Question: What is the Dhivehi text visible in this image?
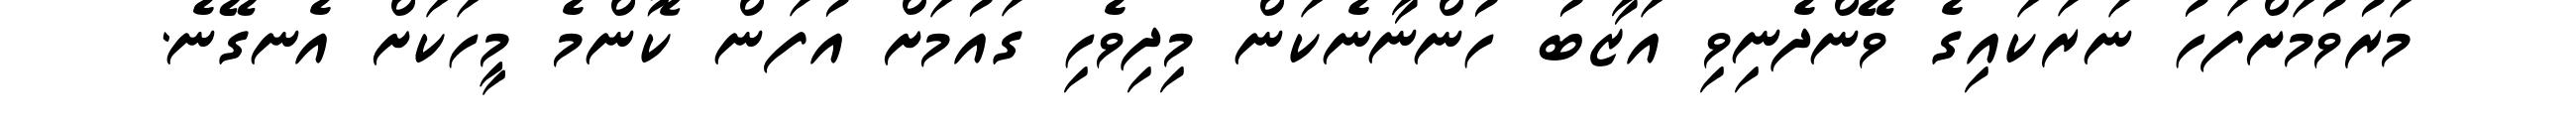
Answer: މަރުވުމަށްފަހު ނަރަކައިގެ ވޭންދެނިވި އަޒާބު ހުންނާނެކަން މިދިވެހި ގައުމަށް އުފަން ކޮންމެ މީހަކަށް އެނގޭނެ.